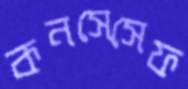
কনসেসেফ